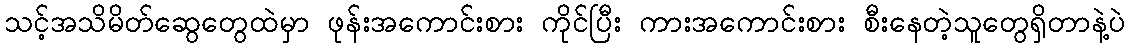
သင့်အသိမိတ်ဆွေတွေထဲမှာ ဖုန်းအကောင်းစား ကိုင်ပြီး ကားအကောင်းစား စီးနေတဲ့သူတွေရှိတာနဲ့ပဲ